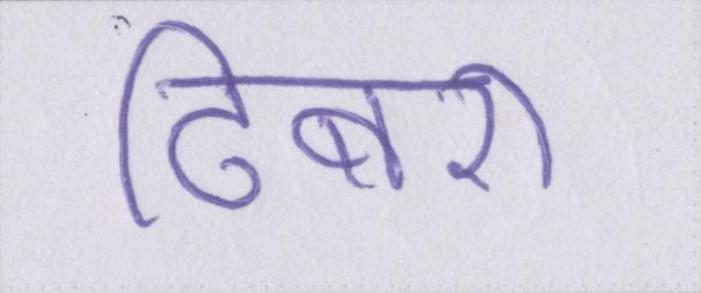
ढिबरी